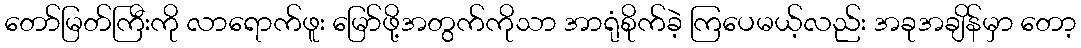
တော်မြတ်ကြီးကို လာရောက်ဖူး မြော်ဖို့အတွက်ကိုသာ အာရုံစိုက်ခဲ့ ကြပေမယ့်လည်း အခုအချိန်မှာ တော့